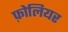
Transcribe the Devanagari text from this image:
फ़ोलियर